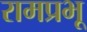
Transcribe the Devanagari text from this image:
रामप्रभू